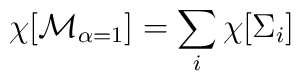
\chi[{\cal M}_{\alpha=1}]=\sum_{i}\chi[\Sigma_i]~~~